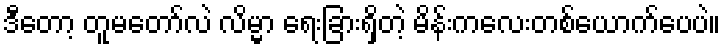
ဒီတော့ တူမတော်လဲ လိမ္မာ ရေးခြားရှိတဲ့ မိန်းကလေးတစ်ယောက်ပေပဲ။